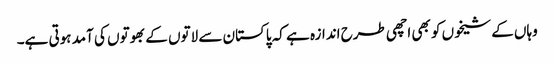
وہاں کے شیخوں کو بھی اچھی طرح اندازہ ہے کہ پاکستان سے لاتوں کے بھوتوں کی آمد ہوتی ہے۔